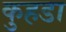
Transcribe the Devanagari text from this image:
कुहडा